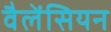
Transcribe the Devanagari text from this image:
वैलेंसियन